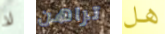
لا تراهن هل